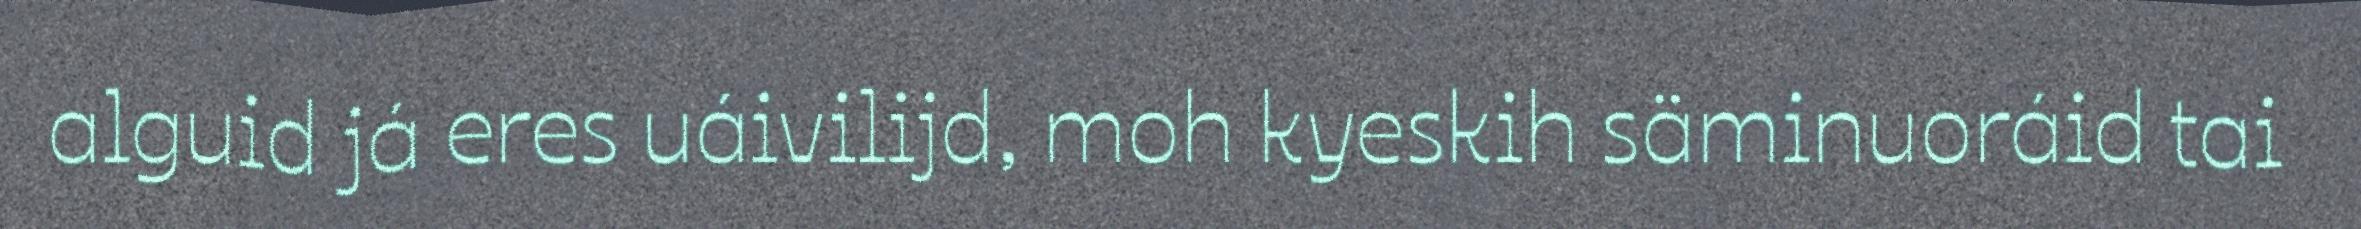
alguid já eres uáivilijd, moh kyeskih säminuoráid tai